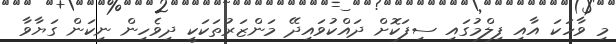
މި ވާހަކަ އާއި ފިލްމުގައި ސިފަކޮށް ދައްކުވައިދޭ މަންޒަރުތަކަކީ ދިވެހިން ނިކަން ގަޔާވާ